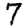
Digit: 7